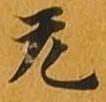
无